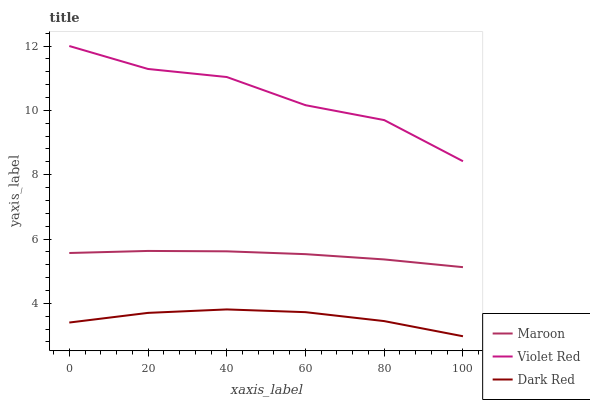
| xaxis_label | Maroon | Violet Red | Dark Red |
 | --- | --- | --- | --- |
 | 0 | 5.57 | 12 | 3.4 |
 | 20 | 5.63 | 11.3 | 3.7 |
 | 40 | 5.62 | 11 | 3.81 |
 | 60 | 5.53 | 10.2 | 3.73 |
 | 80 | 5.37 | 9.7 | 3.45 |
 | 100 | 5.13 | 8.42 | 2.98 |